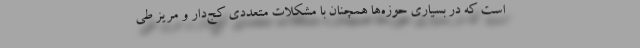
است که در بسیاری حوزه‌ها همچنان با مشکلات متعددی کج‌دار و مریز طی